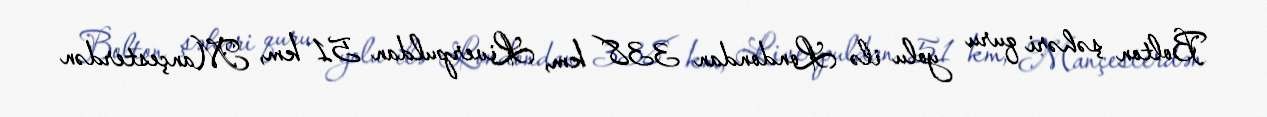
Bolton şəhəri quru yolu ilə Londondan 338 km, Liverpuldan 51 km, Mançesterdən